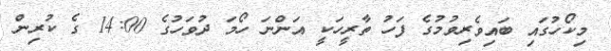
މިކޯހުގައި ބައިވެރިވުމުގެ ފަހު ތާރީހަކީ އަންނަ ހޯމަ ދުވަހުގެ 14:00 ގެ ކުރިން